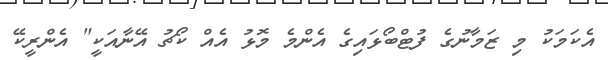
އެކަމަކު މި ޒަމާނުގެ ފުޓްބޯޅައިގެ އެންމެ މޮޅު އެއް ކޯޗު އޭނާއަކީ" އެންރީކޭ